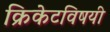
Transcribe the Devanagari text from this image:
क्रिकेटविषयी